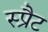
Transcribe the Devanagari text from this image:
स्प्रैट